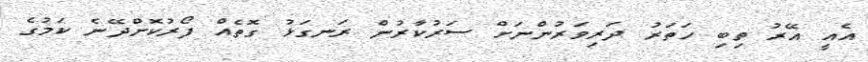
އެއީ އޭރު ތިބި ހަތަރު ދަރިވަރުންނަށް ސަރުކާރުން ރަނގަޅު ގޮތެއް ފޯރުކޮށްދޭނެ ކަމުގެ